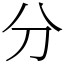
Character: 分